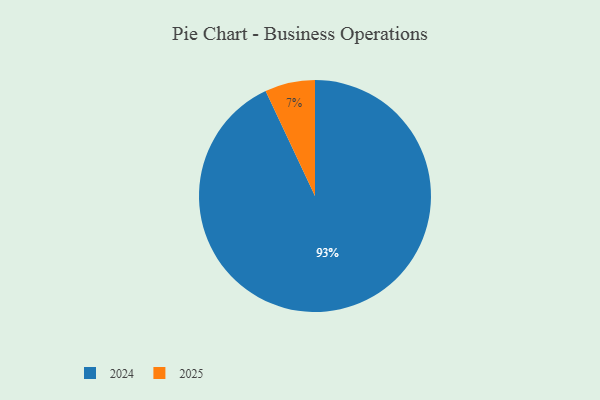
{"axis": {"x": "Category", "y": "Percentage"}, "legend": ["2024", "2025"], "data": [{"x": "2024", "y": 93, "type": "2024"}, {"x": "2025", "y": 7, "type": "2025"}]}